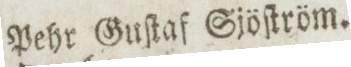
Pehr Guſtaf Sjöſtröm.